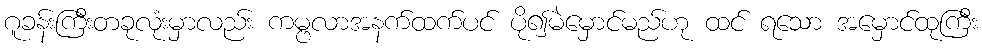
ဂူခန်းကြီးတခုလုံးမှာလည်း ကမ္ဗလာအနက်ထက်ပင် ပို၍မဲမှောင်မည်ဟု ထင် ရသော အမှောင်ထုကြီး